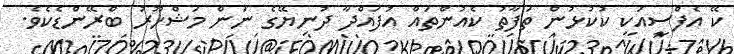
ކޭ އެފްސީއަކީ ކުކުޅުން ތަފާތު ކެއުންތައް އުފައްދާ ދުނިޔޭގެ ނަން މަޝްހޫރު ބްރޭންޑެކެވެ.